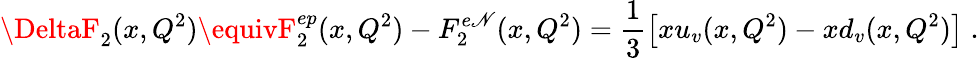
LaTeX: \DeltaF_{2}(x,Q^{2})\equivF_{2}^{ep}(x,Q^{2})-F_{2}^{e\mathscr{N}}(x,Q^{2})=\frac{{1}}{{3}}\left[xu_{v}(x,Q^{2})-xd_{v}(x,Q^{2})\right]\; .